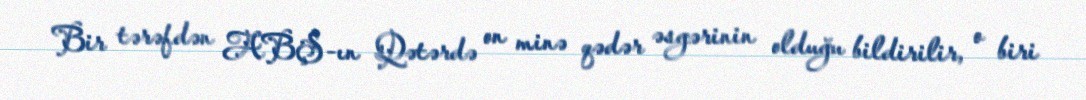
Bir tərəfdən ABŞ-ın Qətərdə on minə qədər əsgərinin olduğu bildirilir, o biri